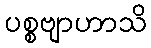
ပစ္စဗျာဟာသိ